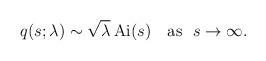
LaTeX: \begin{align*}q(s;\lambda) \sim \sqrt{\lambda}\> {\rm Ai}(s) \ \ \ {\rm as}\ \ s\rightarrow\infty.\end{align*}